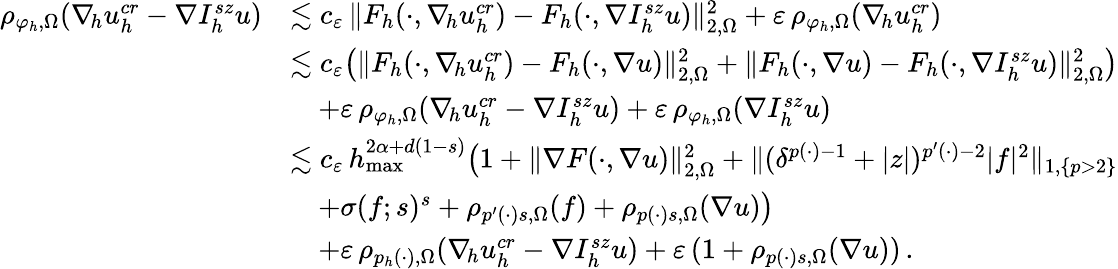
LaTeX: \begin{array}{rl}{\rho_{\varphi_{h},\Omega}(\nabla_{\! h}u_{h}^{\textit{cr}}-\nabla I_{h}^{sz}u)}&{\lesssim c_{\varepsilon}\, \| F_{h}(\cdot,\nabla_{\! h}u_{h}^{\textit{cr}})-F_{h}(\cdot,\nabla I_{h}^{sz}u)\| _{2,\Omega}^{2}+\varepsilon\, \rho_{\varphi_{h},\Omega}(\nabla_{\! h}u_{h}^{\textit{cr}})}\\ &{\lesssim c_{\varepsilon}\big(\| F_{h}(\cdot,\nabla_{\! h}u_{h}^{\textit{cr}})-F_{h}(\cdot,\nabla u)\| _{2,\Omega}^{2}+\| F_{h}(\cdot,\nabla u)-F_{h}(\cdot,\nabla I_{h}^{sz}u)\| _{2,\Omega}^{2}\big)}\\ &{\quad+\varepsilon\, \rho_{\varphi_{h},\Omega}(\nabla_{\! h}u_{h}^{\textit{cr}}-\nabla I_{h}^{sz}u)+\varepsilon\, \rho_{\varphi_{h},\Omega}(\nabla I_{h}^{sz}u)}\\ &{\lesssim c_{\varepsilon}\, h_{\operatorname*{max}}^{2\alpha+d(1-s)}\big(1+\| \nabla F(\cdot,\nabla u)\| _{2,\Omega}^{2}+\| (\delta^{p(\cdot)-1}+\vert z\vert)^{p^{\prime}(\cdot)-2}\vert f\vert^{2}\| _{1,\{ p>2\} }}\\ &{\quad+\sigma(f;s)^{s}+\rho_{p^{\prime}(\cdot)s,\Omega}(f)+\rho_{p(\cdot)s,\Omega}(\nabla u)\big)}\\ &{\quad+\varepsilon\, \rho_{p_{h}(\cdot),\Omega}(\nabla_{\! h}u_{h}^{\textit{cr}}-\nabla I_{h}^{sz}u)+\varepsilon\, (1+\rho_{p(\cdot)s,\Omega}(\nabla u))\, .}\end{array}